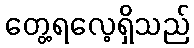
တွေ့ရလေ့ရှိသည်